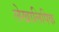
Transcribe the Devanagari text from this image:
लेखालिपिक